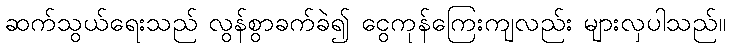
ဆက်သွယ်ရေးသည် လွန်စွာခက်ခဲ၍ ငွေကုန်ကြေးကျလည်း များလှပါသည်။